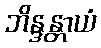
ဘိန္ဒန္တာယံ